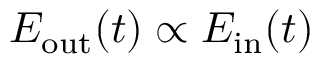
E _ { \mathrm { o u t } } ( t ) \propto E _ { \mathrm { i n } } ( t )